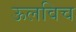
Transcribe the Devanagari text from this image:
ऊलविच